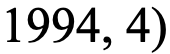
1994, 4)